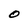
Character: O